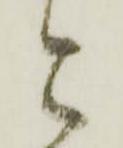
と